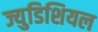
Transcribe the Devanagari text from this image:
ज्युडिशियल